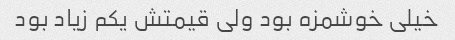
خیلی خوشمزه بود ولی قیمتش یکم زیاد بود